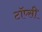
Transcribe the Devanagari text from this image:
टॉप्सी